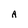
Character: A